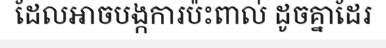
ដែលអាចបង្កការប៉ះពាល់ ដូចគ្នាដែរ